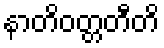
နာတိဝတ္တတီတိ